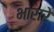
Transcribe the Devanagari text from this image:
भारारे